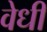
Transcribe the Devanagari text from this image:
वेधी